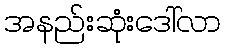
အနည်းဆုံးဒေါ်လာ